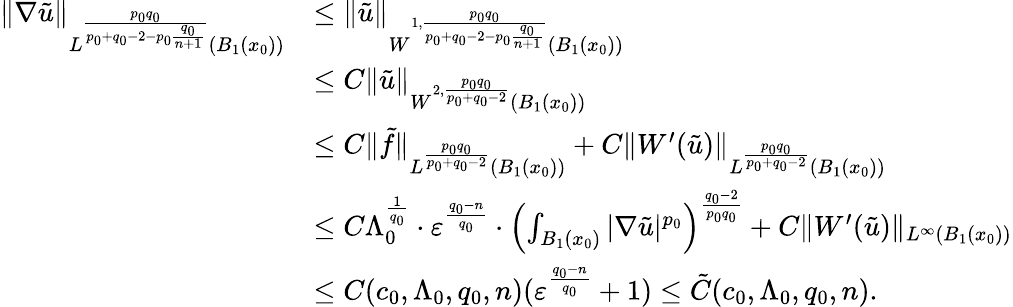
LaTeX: \begin{array}{rl}{\| \nabla\tilde{u}\| _{L^{\frac{p_{0}q_{0}}{p_{0}+q_{0}-2-p_{0}\frac{q_{0}}{n+1}}}({B_{1}(x_{0})})}}&{\leq\| \tilde{u}\| _{W^{1,\frac{p_{0}q_{0}}{p_{0}+q_{0}-2-p_{0}\frac{q_{0}}{n+1}}}({B_{1}(x_{0})})}}\\ &{\leq C\| \tilde{u}\| _{W^{2,\frac{p_{0}q_{0}}{p_{0}+q_{0}-2}}(B_{1}(x_{0}))}}\\ &{\leq C\| \tilde{f}\| _{L^{\frac{p_{0}q_{0}}{p_{0}+q_{0}-2}}(B_{1}(x_{0}))}+C\| W^{\prime}(\tilde{u})\| _{L^{\frac{p_{0}q_{0}}{p_{0}+q_{0}-2}}(B_{1}(x_{0}))}}\\ &{\leq C\Lambda_{0}^{\frac{1}{q_{0}}}\cdot\varepsilon^{\frac{q_{0}-n}{q_{0}}}\cdot\left(\int_{B_{1}(x_{0})}|\nabla\tilde{u}|^{p_{0}}\right)^{\frac{q_{0}-2}{p_{0}q_{0}}}+C\| W^{\prime}(\tilde{u})\| _{L^{\infty}(B_{1}(x_{0}))}}\\ &{\leq C(c_{0},\Lambda_{0},q_{0},n)(\varepsilon^{\frac{q_{0}-n}{q_{0}}}+1)\leq\tilde{C}(c_{0},\Lambda_{0},q_{0},n).}\end{array}